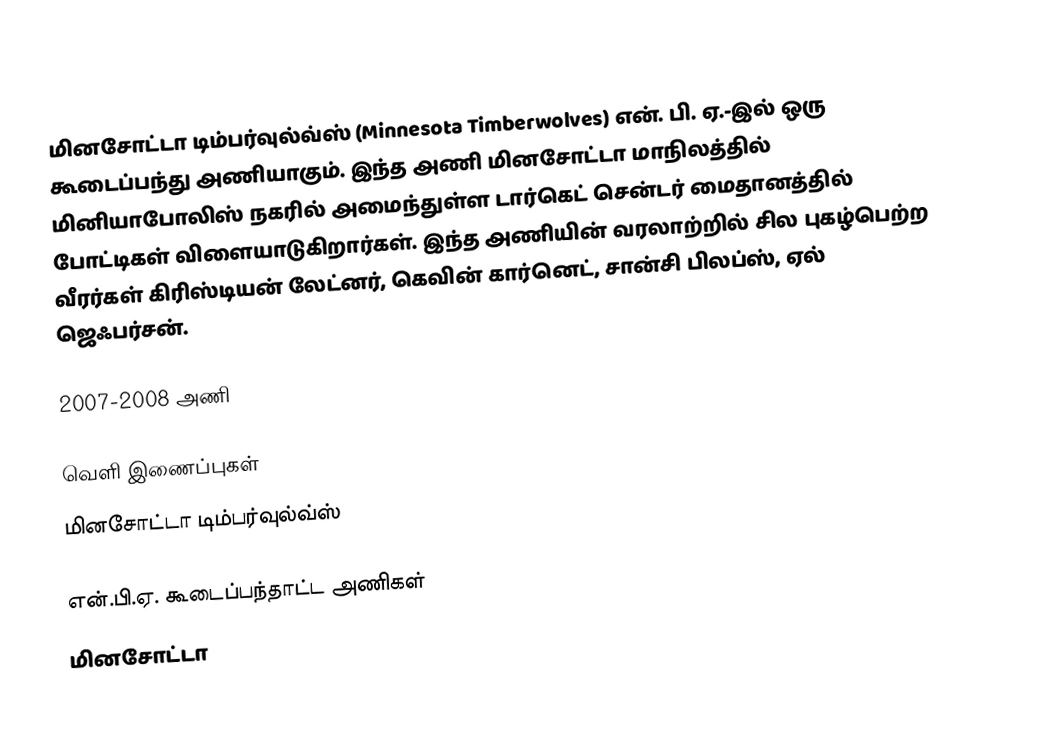
மினசோட்டா டிம்பர்வுல்வ்ஸ் (Minnesota Timberwolves) என். பி. ஏ.-இல் ஒரு கூடைப்பந்து அணியாகும். இந்த அணி மினசோட்டா மாநிலத்தில் மினியாபோலிஸ் நகரில் அமைந்துள்ள  டார்கெட் சென்டர் மைதானத்தில் போட்டிகள் விளையாடுகிறார்கள். இந்த அணியின் வரலாற்றில் சில புகழ்பெற்ற வீரர்கள் கிரிஸ்டியன் லேட்னர், கெவின் கார்னெட், சான்சி பிலப்ஸ், ஏல் ஜெஃபர்சன்.

2007-2008 அணி

வெளி இணைப்புகள்
 மினசோட்டா டிம்பர்வுல்வ்ஸ்

என்.பி.ஏ. கூடைப்பந்தாட்ட அணிகள்
மினசோட்டா